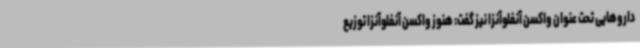
داروهایی تحت عنوان واکسن آنفلوآنزا نیز گفت: هنوز واکسن آنفلوآنزا توزیع